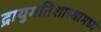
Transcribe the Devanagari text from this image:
द्रायुगतिशास्त्रामध्ये